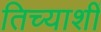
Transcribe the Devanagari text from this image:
तिच्याशीं